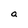
Character: a